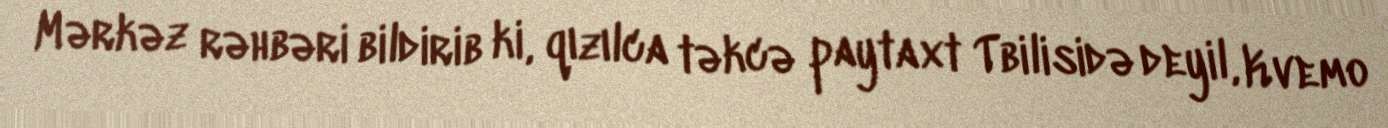
Mərkəz rəhbəri bildirib ki, qızılca təkcə paytaxt Tbilisidə deyil, Kvemo